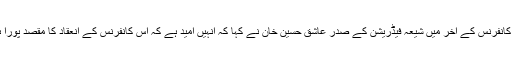
جموں میں منعقدہ اس سیرت النبی (ص) کانفرنس کے آخر میں شیعہ فیڈریشن کے صدر عاشق حسین خان نے کہا کہ انہیں امید ہے کہ اس کانفرنس کے انعقاد کا مقصد پورا ہوگا اور لوگ اس سے استفادہ کریں گے۔